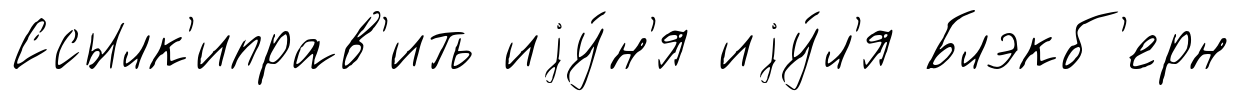
Ссылк'иправ'ить иjу́н'я иjу́л'я Блэкб'ерн